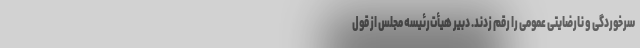
سرخوردگی و نارضایتی عمومی را رقم زدند. دبیر هیأت‌رئیسه مجلس از قول